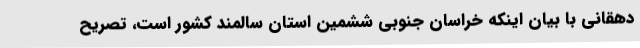
دهقانی با بیان اینکه خراسان جنوبی ششمین استان سالمند کشور است، تصریح